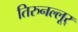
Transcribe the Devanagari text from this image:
तिरुनल्लूर्